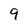
Character: 9